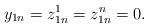
LaTeX: \begin{align*}y_{1n}=z_{1n}^1=z_{1n}^n=0.\end{align*}